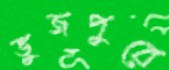
ভুজপুরে